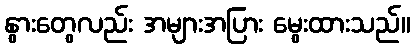
နွားတွေလည်း အများအပြား မွေးထားသည်။